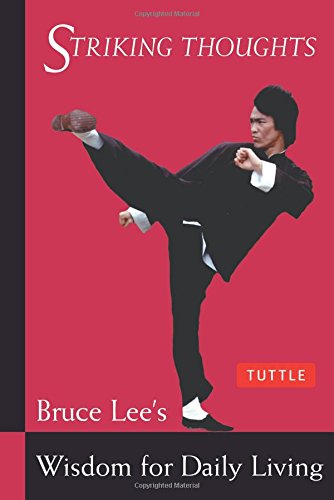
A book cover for Bruce Lee Striking Thoughts: Bruce Lee's Wisdom for Daily Living (Bruce Lee Library); Bruce Lee; Politics & Social Sciences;